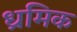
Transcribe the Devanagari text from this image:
ध्रमिक